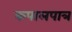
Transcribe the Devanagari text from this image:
कपालपात्र